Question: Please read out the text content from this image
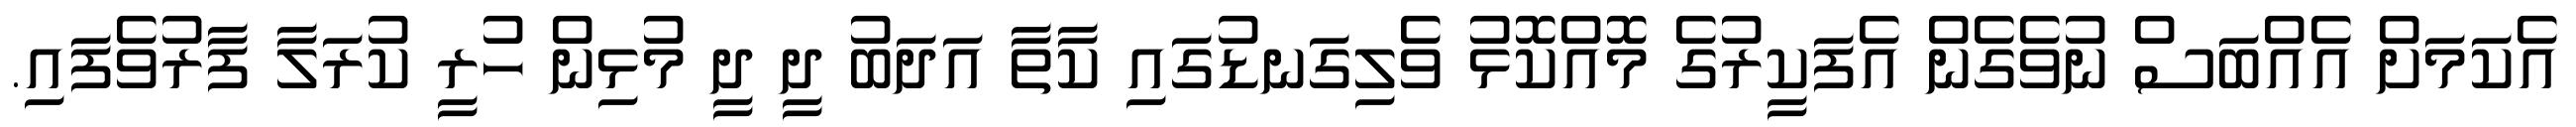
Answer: އެކަމަށް އެއްބަސް ނުވެގެން އެފަކީރުގެ މޮއްކޮޅު ވެލިގަނޑުގައި ކާތާ އަދަބު ދީ ދީ މުޅިން ހުރީ ކުރަލާ ފާރުވެފައި.